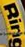
Ring